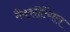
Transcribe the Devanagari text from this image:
मैक्‍सीटेंगल